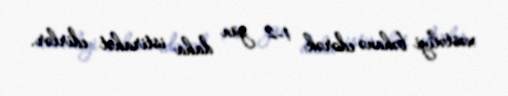
xəstəliyi bəhanə edərək 1-2 gün daha istirahət edirlər.